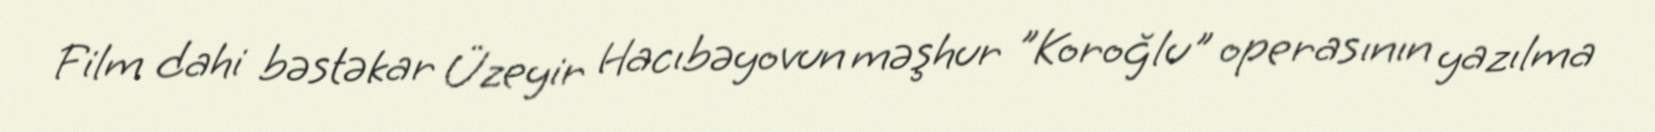
Film dahi bəstəkar Üzeyir Hacıbəyovun məşhur "Koroğlu" operasının yazılma